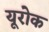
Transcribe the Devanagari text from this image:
यूरोक